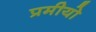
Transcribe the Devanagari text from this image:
प्रमीयो